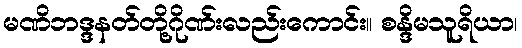
မဏိဘဒ္ဒနတ်တို့ဂိုဏ်းလည်းကောင်း။ စန္ဒိမသူရိယာ၊